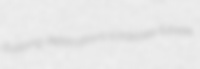
dupping defalcations scrabbles tubelet